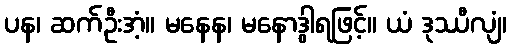
ပန၊ ဆက်ဦးအံ့။ မနေန၊ မနောဒွါရဖြင့်။ ယံ ဒုဿီလျံ၊